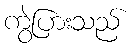
ကွဲပြားသည်